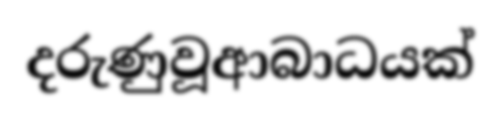
දරුණුවූආබාධයක්